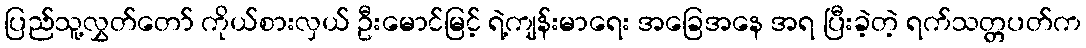
ပြည်သူ့လွှတ်တော် ကိုယ်စားလှယ် ဦးမောင်မြင့် ရဲ့ကျန်းမာရေး အခြေအနေ အရ ပြီးခဲ့တဲ့ ရက်သတ္တပတ်က